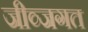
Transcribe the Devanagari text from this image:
जीव्जगत